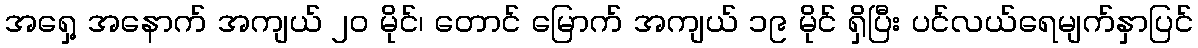
အရှေ့ အနောက် အကျယ် ၂၀ မိုင်၊ တောင် မြောက် အကျယ် ၁၉ မိုင် ရှိပြီး ပင်လယ်ရေမျက်နှာပြင်